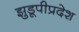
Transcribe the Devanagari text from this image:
झुडूपीप्रदेश